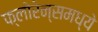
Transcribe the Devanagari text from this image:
फ्लोरेन्समध्ये